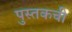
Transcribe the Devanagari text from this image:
पुस्तकची